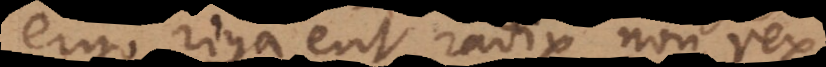
ergo riga erit radix non rex.